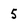
Character: 5